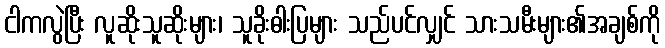
ငါကလွဲပြီး လူဆိုးသူဆိုးများ၊ သူခိုးဓါးပြများ သည်ပင်လျှင် သားသမီးများ၏အချစ်ကို